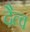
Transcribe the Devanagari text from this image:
दैत्व